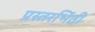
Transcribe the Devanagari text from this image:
प्रस्तरभिंती